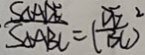
\frac { S _ { \Delta A D E } } { S _ { \Delta A B C } } = ( \frac { D E } { B C } ) ^ { 2 }